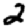
Digit: 2